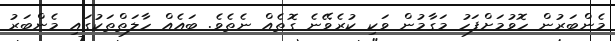
މެންބަރުން ހޮވުމަށްފަހު މަގާމުން ވަކި ކުރެވޭނެ ގޮތެއް ނެތެވެ. ބައެއް ހާލަތްތަކުގައި މެންބަރު